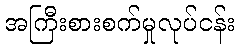
အကြီးစားစက်မှုလုပ်ငန်း